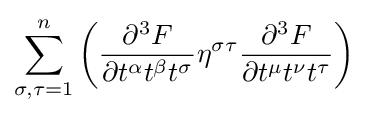
\displaystyle \sum _{\sigma ,\tau =1}^{n}\left({\partial ^{3}F \over \partial t^{\alpha }t^{\beta }t^{\sigma }}\eta ^{\sigma \tau }{\partial ^{3}F \over \partial t^{\mu }t^{\nu }t^{\tau }}\right)